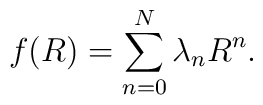
f(R) = \sum_{n=0}^{N} \lambda_n R^n.